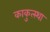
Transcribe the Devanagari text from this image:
काकुत्स्था